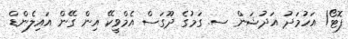
ފޮޓޯ/ އަހުމަދު އަދުޝަން ސ. ގަމުގެ ދޫގަސް އެމްވީކޭ އިން ގޭން އައިލެންޑް